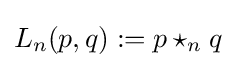
L_{n}(p,q):=p\star _{n}q